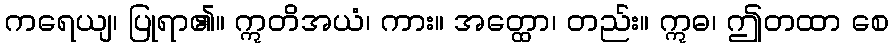
ကရေယျ၊ ပြုရာ၏။ ဣတိအယံ၊ ကား။ အတ္ထော၊ တည်း။ ဣဓ၊ ဤတထာ စေ